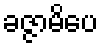
ခဇ္ဇာမိပေ